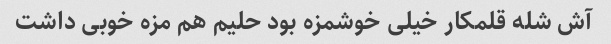
آش شله قلمکار خیلی خوشمزه بود حلیم هم مزه خوبی داشت